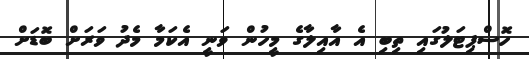
ހޮސްޕިޓަލުގައި ތިބި އެ އާއިލާގެ މީހުން ވަނީ އެކަމާ މެދު ވަރަށް ބޮޑަށް